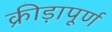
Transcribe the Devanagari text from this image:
क्रीड़ापूर्ण